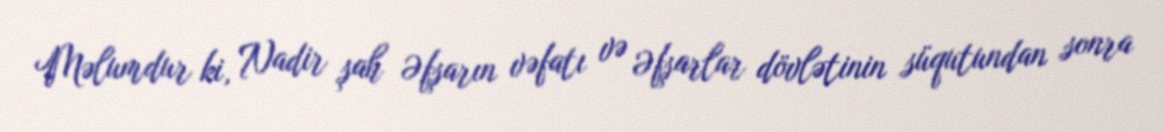
Məlumdur ki, Nadir şah Əfşarın vəfatı və Əfşarlar dövlətinin süqutundan sonra